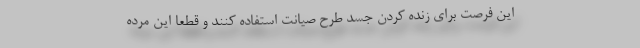
این فرصت برای زنده کردن جسد طرح صیانت استفاده کنند و قطعا این مرده